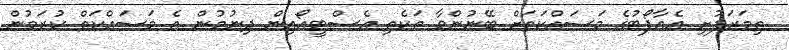
ތިމަރަފުށި އެއާޕޯޓުގެ މަސައްކަތަށް ބޭނުންވާ ތަކެތި އެސްޓީއޯއިން ދިނުމުން އެ މަސައްކަތް ކުރަމުން